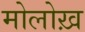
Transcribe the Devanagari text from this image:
मोलोख़